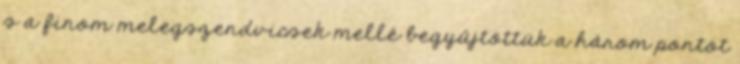
s a finom melegszendvicsek mellé begyűjtöttük a három pontot